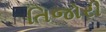
તિજોરી